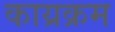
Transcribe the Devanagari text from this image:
काय्रक्रम